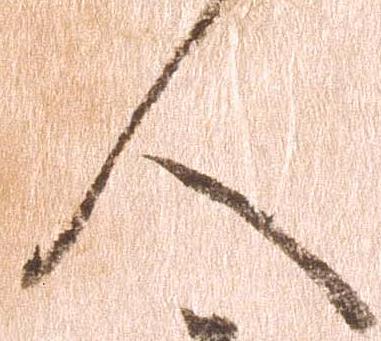
人